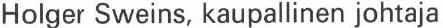
Holger Sweins, kaupallinen johtaja